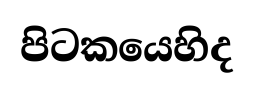
පිටකයෙහිද